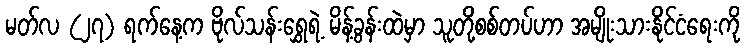
မတ်လ (၂၇) ရက်နေ့က ဗိုလ်သန်းရွှေရဲ့ မိန့်ခွန်းထဲမှာ သူတို့စစ်တပ်ဟာ အမျိုးသားနိုင်ငံရေးကို